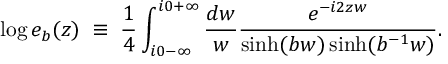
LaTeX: \log e _ { b } ( z ) \; \equiv \; \frac { 1 } { 4 } \int _ { i 0 - \infty } ^ { i 0 + \infty } \frac { d w } { w } \frac { e ^ { - i 2 z w } } { \sinh ( b w ) \sinh ( b ^ { - 1 } w ) } .